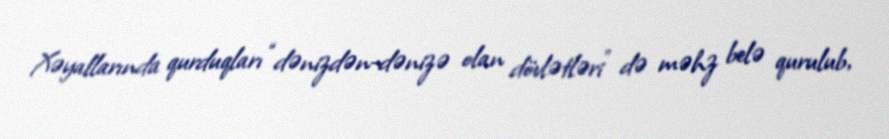
Xəyallarında qurduqları “dənizdən-dənizə olan dövlətləri” də məhz belə qurulub,